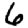
Digit: 6